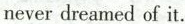
never dreamed of it.